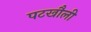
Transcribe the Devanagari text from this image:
पटखौली